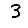
Digit: 3